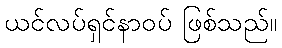
ယင်လပ်ရှင်နာဝပ် ဖြစ်သည်။